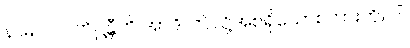
နာမ။ လ။ တိဋ္ဌန္တီတိ အာဒိ၊ ဤသို့အစရှိသောစကားကို။ ဝါ၊